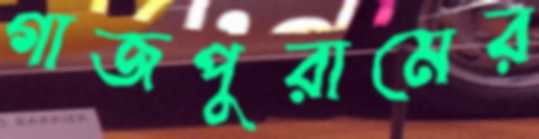
গাজপুরামের